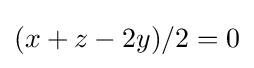
(x+z-2y)/2=0